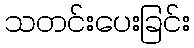
သတင်းပေးခြင်း